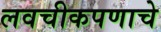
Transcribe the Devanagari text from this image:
लवचीकपणाचे